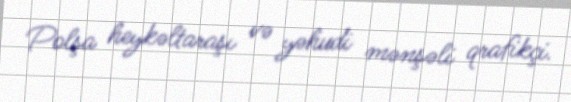
Polşa heykəltaraşı və yəhudi mənşəli qrafikçi.